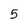
Character: 5